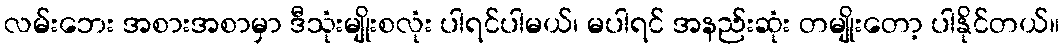
လမ်းဘေး အစားအစာမှာ ဒီသုံးမျိုးစလုံး ပါရင်ပါမယ်၊ မပါရင် အနည်းဆုံး တမျိုးတော့ ပါနိုင်တယ်။